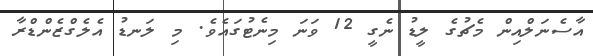
އާސެނަލްއިން މެޗުގެ ލީޑު ނެގީ 12 ވަނަ މިނެޓުގައެވެ. މި ލަނޑު އެލެގްޒެންޑްރާ